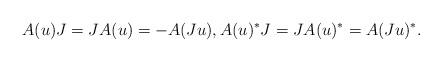
LaTeX: \begin{align*}A(u)J = JA(u) = -A(Ju),A(u)^*J=JA(u)^* = A(Ju)^*.\end{align*}